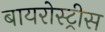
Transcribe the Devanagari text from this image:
बायरोस्ट्रीस